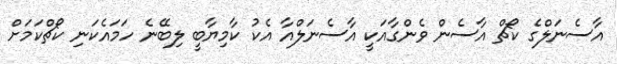
އާސެނަލްގެ ކޯޗް އާސެން ވެންގާއަކީ އާސެނަލްއާ އެކު ކާމިޔާބީ ލިބޭނެ ހަމައެކަނި ކޯޗްކަމަށް